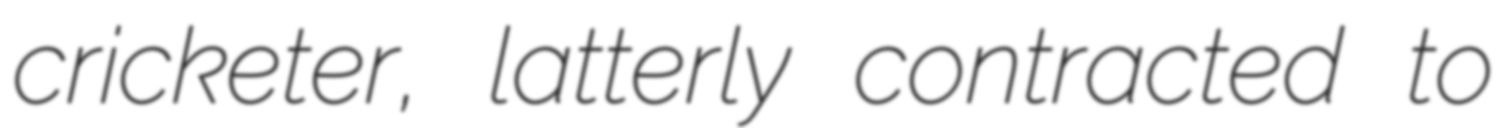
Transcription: cricketer, latterly contracted to